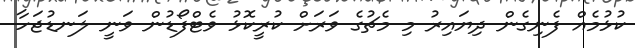
ކުޅުމެއް ފެނިގެން ދިޔައިރު މި މެޗުގެ ވަރަށް ކުރީކޮޅު ވެޓްފޯޑުން ވަނީ ލަނޑުޖަހާ